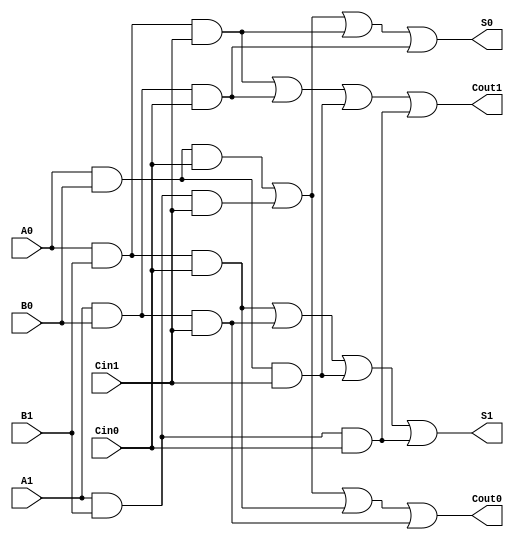
module dual_rail_full_adder (
    input wire A0, A1,  // Dual-rail representation of input A
    input wire B0, B1,  // Dual-rail representation of input B
    input wire Cin0, Cin1, // Dual-rail representation of carry-in
    output wire S0, S1, // Dual-rail representation of sum S
    output wire Cout0, Cout1 // Dual-rail representation of carry-out Cout
);

    // Sum logic
    assign S0 = (A0 & B0 & Cin0) | (A1 & B1 & Cin1) | (A0 & B1 & Cin1) | (A1 & B0 & Cin0);
    assign S1 = (A0 & B1 & Cin0) | (A1 & B0 & Cin1) | (A0 & B0 & Cin1) | (A1 & B1 & Cin0);

    // Carry-out logic
    assign Cout0 = (A0 & B0 & Cin0) | (A1 & B1 & Cin1) | (A0 & B1 & Cin0) | (A1 & B0 & Cin1);
    assign Cout1 = (A0 & B1 & Cin1) | (A1 & B0 & Cin0) | (A0 & B0 & Cin1) | (A1 & B1 & Cin0);

endmodule